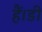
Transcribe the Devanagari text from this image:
हैं।डी